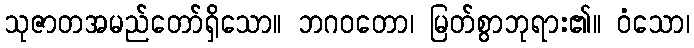
သုဇာတအမည်တော်ရှိသော။ ဘဂဝတော၊ မြတ်စွာဘုရား၏။ ဝံသော၊